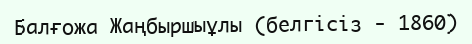
Балғожа Жаңбыршыұлы (белгісіз - 1860)